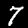
Digit: 7